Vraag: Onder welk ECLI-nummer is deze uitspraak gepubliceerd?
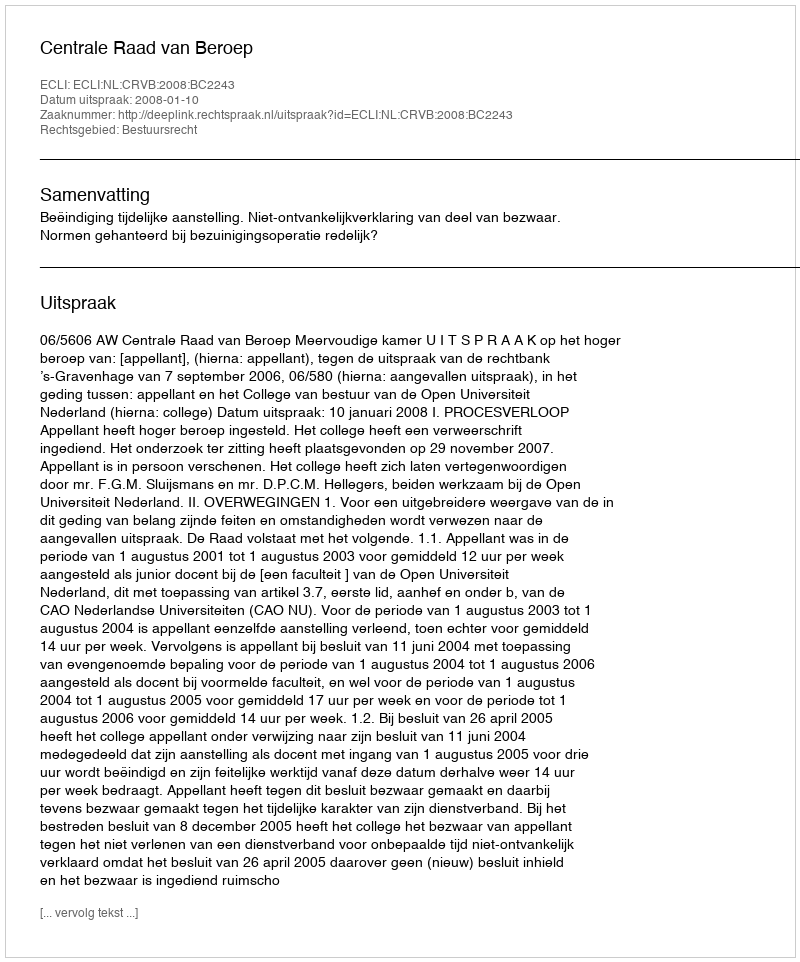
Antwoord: ECLI:NL:CRVB:2008:BC2243